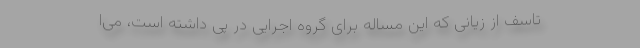
تاسف از زیانی که این مساله برای گروه اجرایی در پی داشته است، می‌ا